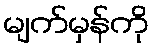
မျက်မှန်ကို